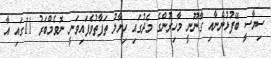
ސިޔާސީ ބޭފުޅުންނާއި ގާނޫނީ މާހިރުންގެ މެދުގައި ހިޔާލު ތަފާތުވެފައިވަނީ ނޮވެމްބަރު 11ގައި އާ